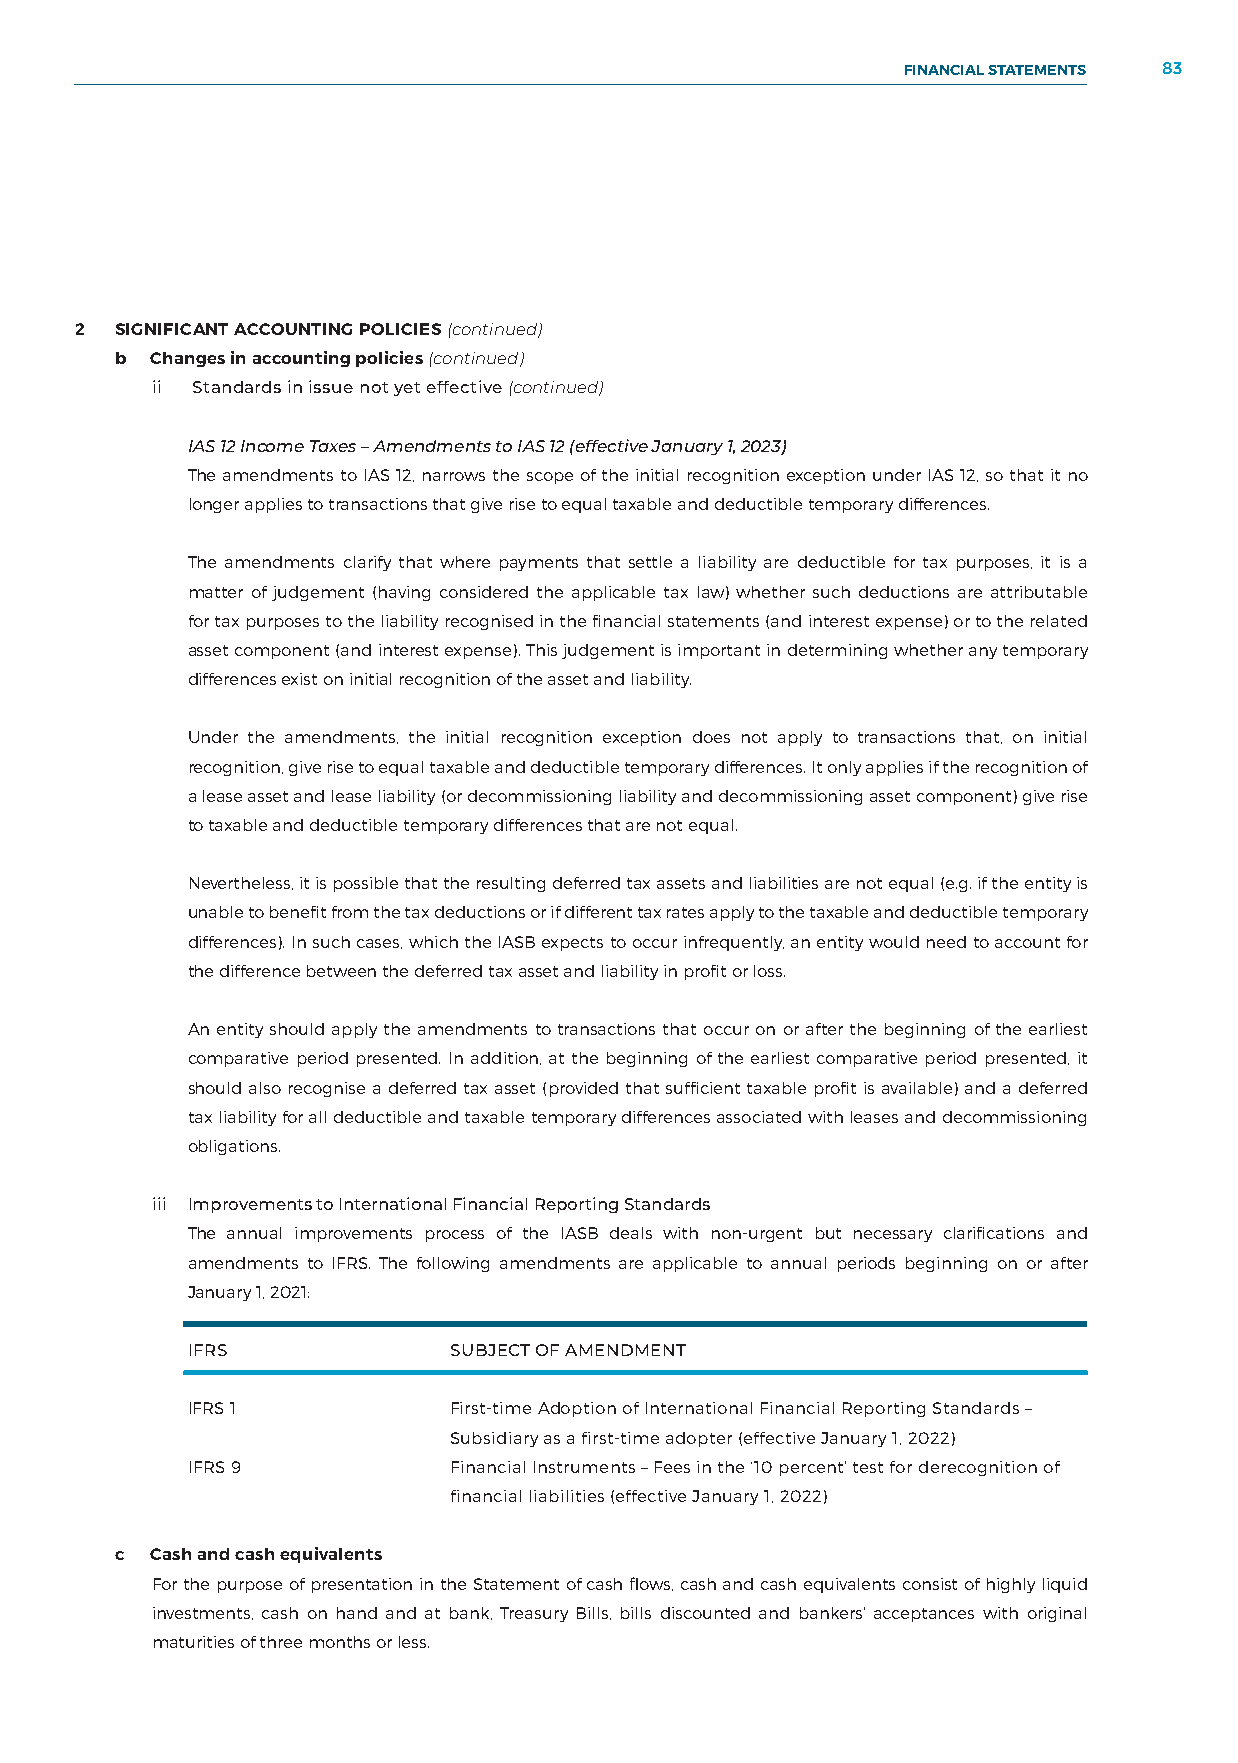
FINANCIAL STATEMENTS 83
 NOTES TO THE FINANCIAL STATEMENTS
 2  SIGNIFICANT ACCOUNTING POLICIES (continued)
 b Changes in accounting policies (continued)
 ii Standards in issue not yet effective (continued)
 IAS 12 Income Taxes – Amendments to IAS 12 (effective January 1, 2023)
 The amendments to IAS 12, narrows the scope of the initial recognition exception under IAS 12, so that it no
 longer applies to transactions that give rise to equal taxable and deductible temporary differences.
 The amendments clarify that where payments that settle a liability are deductible for tax purposes, it is a
 matter of judgement (having considered the applicable tax law) whether such deductions are attributable
 for tax purposes to the liability recognised in the financial statements (and interest expense) or to the related
 asset component (and interest expense). This judgement is important in determining whether any temporary
 differences exist on initial recognition of the asset and liability.
 Under the amendments, the initial recognition exception does not apply to transactions that, on initial
 recognition, give rise to equal taxable and deductible temporary differences. It only applies if the recognition of
 a lease asset and lease liability (or decommissioning liability and decommissioning asset component) give rise
 to taxable and deductible temporary differences that are not equal.
 Nevertheless, it is possible that the resulting deferred tax assets and liabilities are not equal (e.g. if the entity is
 unable to benefit from the tax deductions or if different tax rates apply to the taxable and deductible temporary
 differences). In such cases, which the IASB expects to occur infrequently, an entity would need to account for
 the difference between the deferred tax asset and liability in profit or loss.
 An entity should apply the amendments to transactions that occur on or after the beginning of the earliest
 comparative period presented. In addition, at the beginning of the earliest comparative period presented, it
 should also recognise a deferred tax asset (provided that sufficient taxable profit is available) and a deferred
 tax liability for all deductible and taxable temporary differences associated with leases and decommissioning
 obligations.
 iii Improvements to International Financial Reporting Standards
 The annual improvements process of the IASB deals with non-urgent but necessary clarifications and
 amendments to IFRS. The following amendments are applicable to annual periods beginning on or after
 January 1, 2021:
 IFRS              SUBJECT OF AMENDMENT
 IFRS 1            First-time Adoption of International Financial Reporting Standards –
 Subsidiary as a first-time adopter (effective January 1, 2022)
 IFRS 9            Financial Instruments – Fees in the ‘10 percent’ test for derecognition of
 financial liabilities (effective January 1, 2022)
 c Cash and cash equivalents
 For the purpose of presentation in the Statement of cash flows, cash and cash equivalents consist of highly liquid
 investments, cash on hand and at bank, Treasury Bills, bills discounted and bankers’ acceptances with original
 maturities of three months or less.